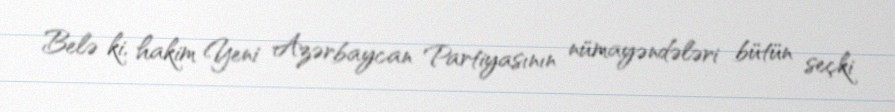
Belə ki, hakim Yeni Azərbaycan Partiyasının nümayəndələri bütün seçki